Civil Veterinary Dept. Bombay admin report 1932-41 - 1932-1941
Year: 1932
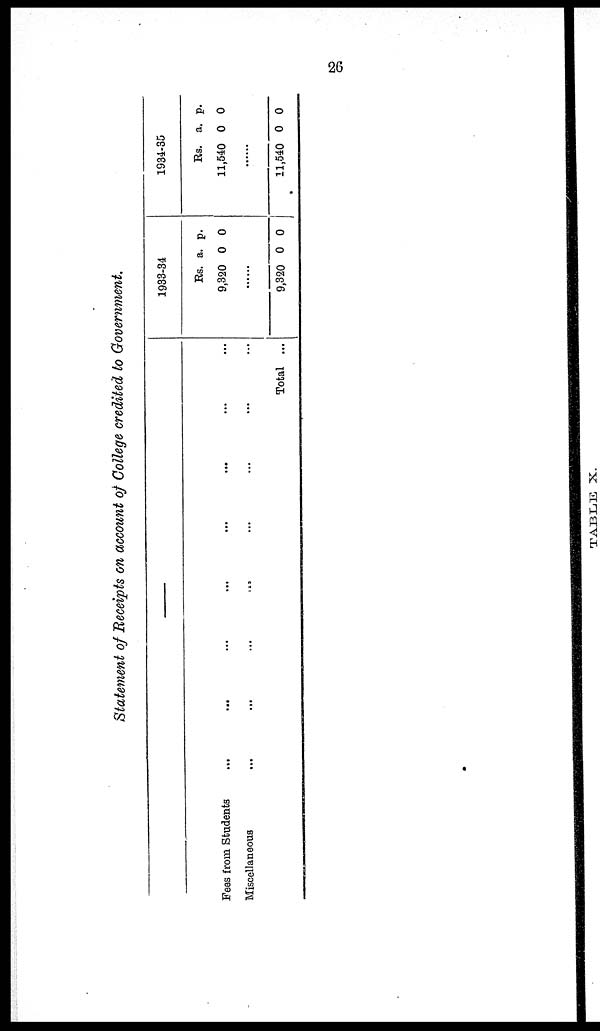
26
Statement of Receipts on account of College credited to Government.
—
Fees from Students
Miscellaneous
...
...
...
...
...
...
...
...
...
...
...
...
...
...
...
...
Total ...
1933-34
Rs.
9,320
a.
0
p.
0
......
9,320 0 0
1834-35
Rs.
11,540
a.
0
p.
0
......
11,540 0 0